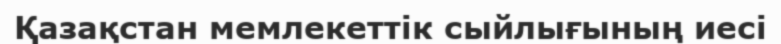
Қазақстан мемлекеттік сыйлығының иесі